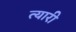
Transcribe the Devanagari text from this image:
त्यारी